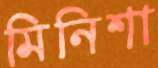
মিনিশা